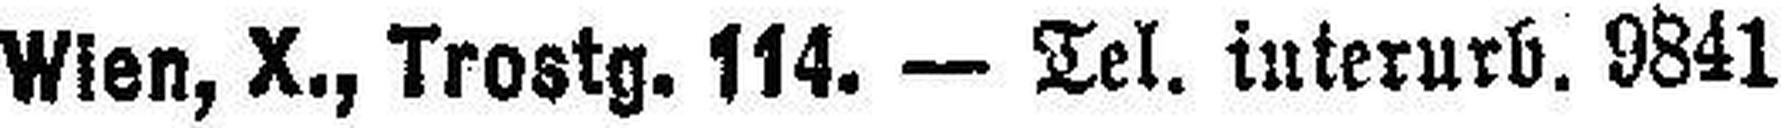
Wien, X., Trostg. 114. — Tel. interurb. 9841